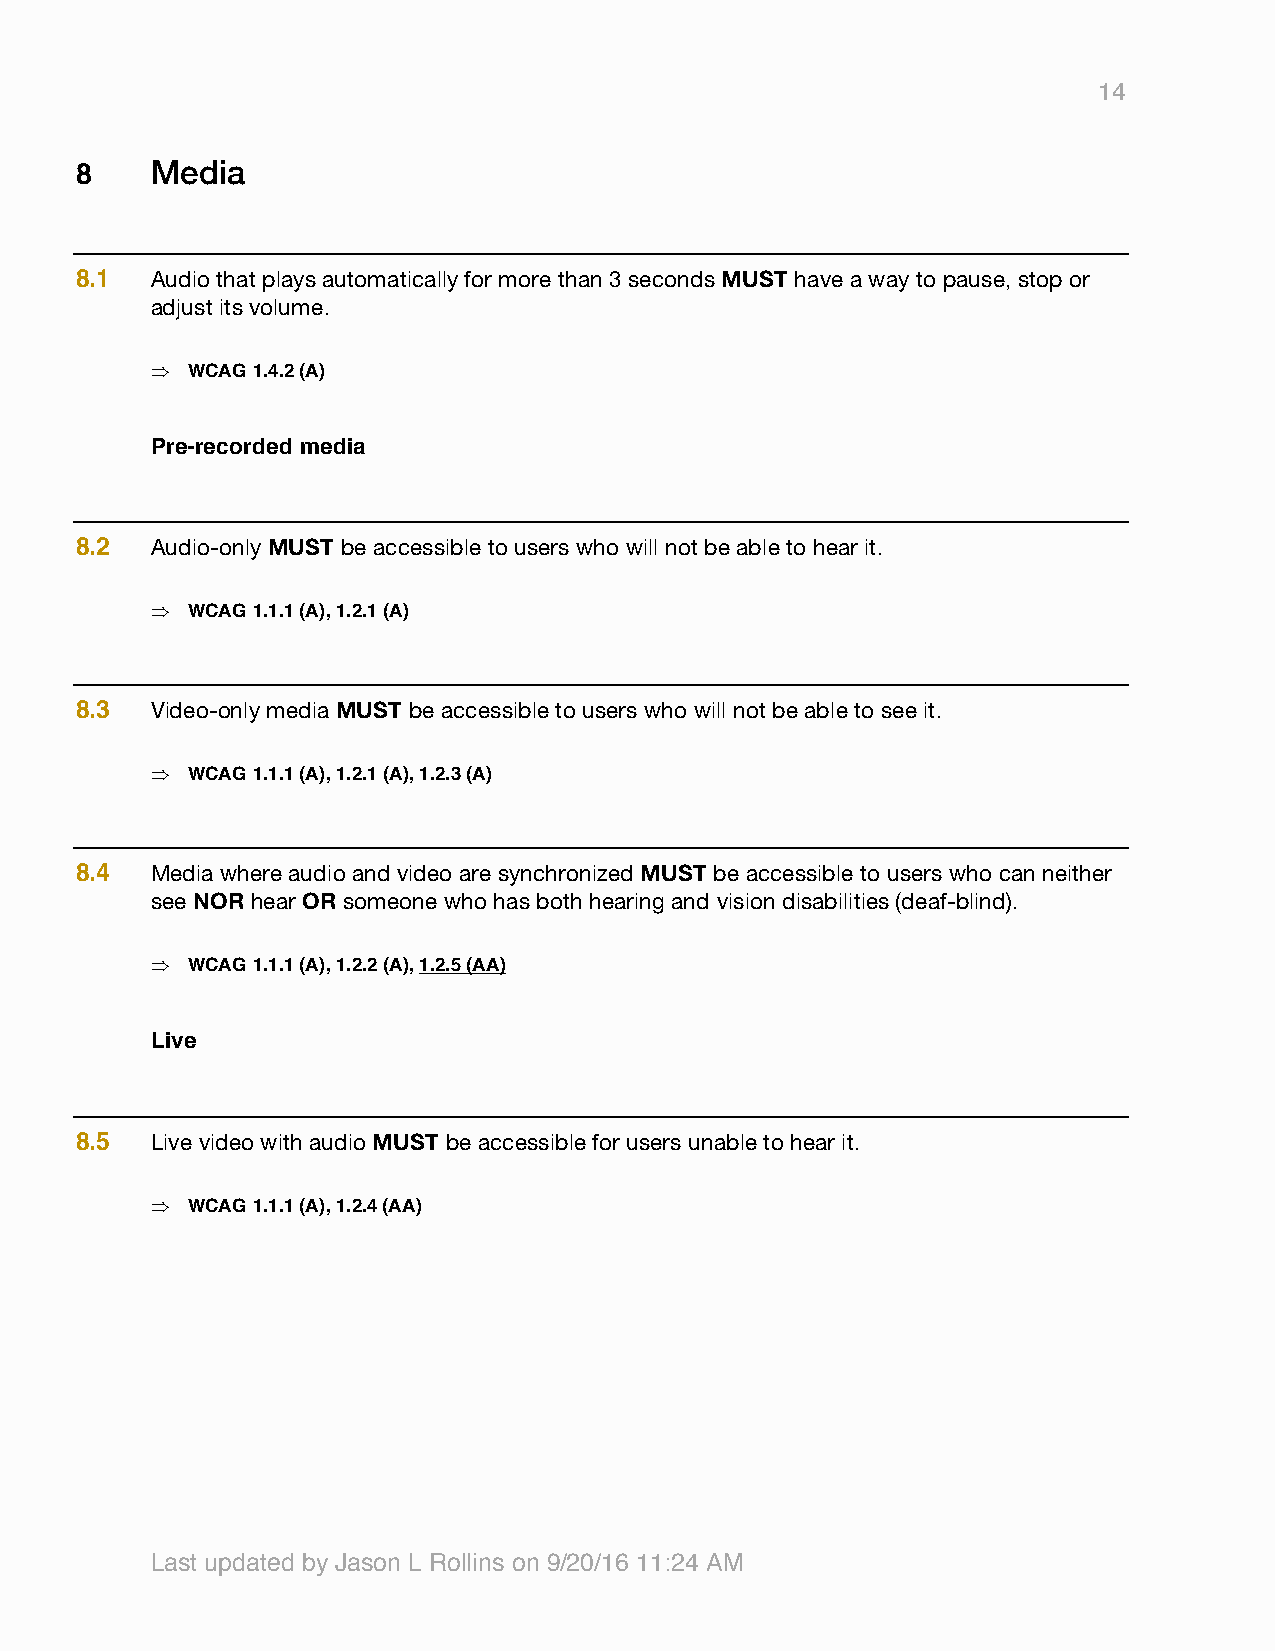
14
 8    Media
 8.1  Audio that plays automatically for more than 3 seconds MUST have a way to pause, stop or
 adjust its volume.
 Þ WCAG 1.4.2 (A)
 Pre-recorded media
 8.2  Audio-only MUST be accessible to users who will not be able to hear it.
 Þ WCAG 1.1.1 (A), 1.2.1 (A)
 8.3  Video-only media MUST be accessible to users who will not be able to see it.
 Þ WCAG 1.1.1 (A), 1.2.1 (A), 1.2.3 (A)
 8.4  Media where audio and video are synchronized MUST be accessible to users who can neither
 see NOR hear OR someone who has both hearing and vision disabilities (deaf-blind).
 Þ WCAG 1.1.1 (A), 1.2.2 (A), 1.2.5 (AA)
 Live
 8.5  Live video with audio MUST be accessible for users unable to hear it.
 Þ WCAG 1.1.1 (A), 1.2.4 (AA)
 Last updated by Jason L Rollins on 9/20/16 11:24 AM